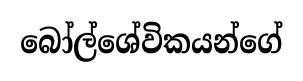
බෝල්ශේවිකයන්ගේ